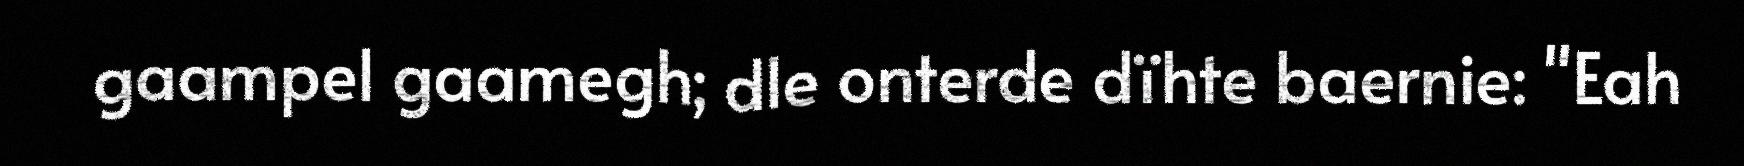
gaampel gaamegh; dle onterde dïhte baernie: "Eah